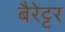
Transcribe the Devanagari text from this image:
बैरेट्टर